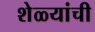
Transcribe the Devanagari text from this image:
शेळ्यांची